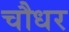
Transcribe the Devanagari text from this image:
चौधर